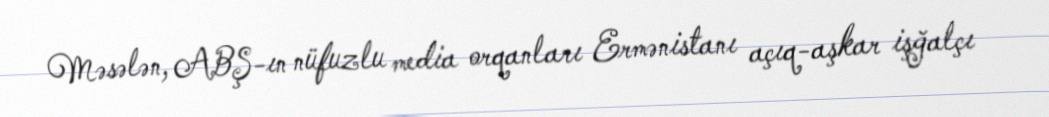
Məsələn, ABŞ-ın nüfuzlu media orqanları Ermənistanı açıq-aşkar işğalçı